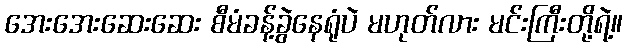
အေးအေးဆေးဆေး စီမံခန့်ခွဲနေရုံပဲ မဟုတ်လား မင်းကြီးတို့ရဲ့။